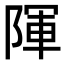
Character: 𮥒